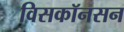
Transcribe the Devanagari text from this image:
विसकॉनसन